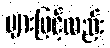
များဖြင့်လည်း